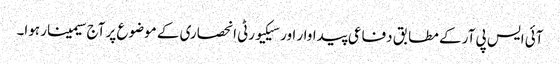
آئی ایس پی آر کے مطابق دفاعی پیداوار اور سیکیورٹی انحصاری کے موضوع پر آج سیمینار ہوا۔